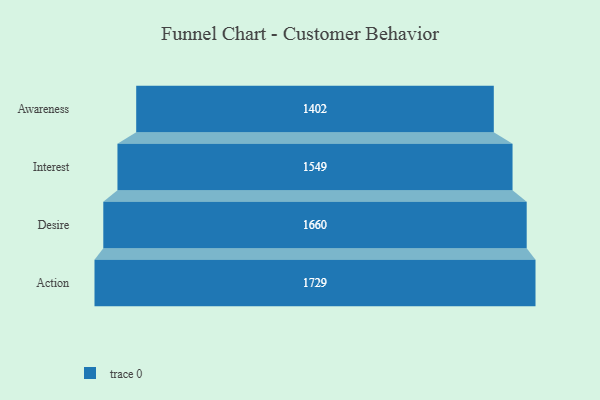
{"axis": {"x": "Stage", "y": "Value"}, "legend": [""], "data": [{"x": "Awareness", "y": 1402.0, "type": ""}, {"x": "Interest", "y": 1549.0, "type": ""}, {"x": "Desire", "y": 1660.0, "type": ""}, {"x": "Action", "y": 1729.0, "type": ""}]}